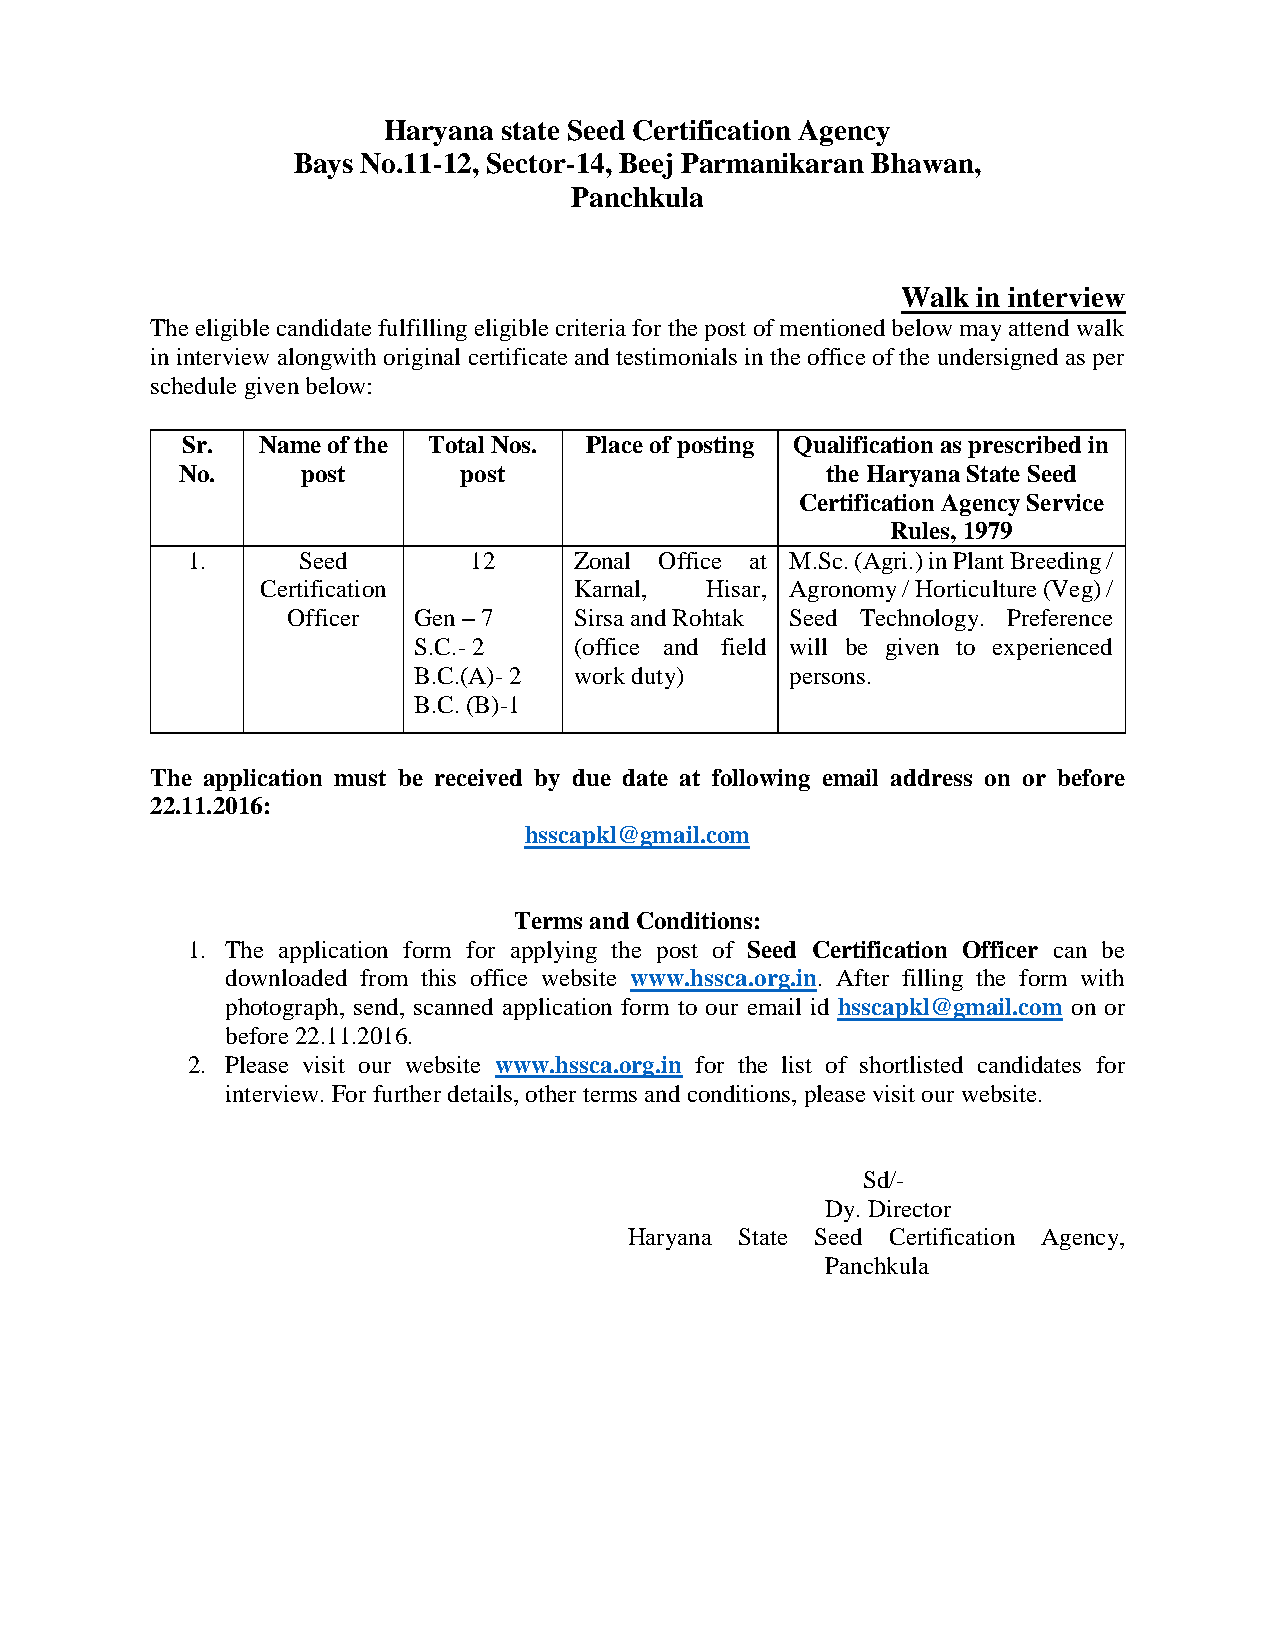
Haryana state Seed Certification Agency
 Bays No.11-12, Sector-14, Beej Parmanikaran Bhawan,
 Panchkula
 Walk in interview
 The eligible candidate fulfilling eligible criteria for the post of mentioned below may attend walk
 in interview alongwith original certificate and testimonials in the office of the undersigned as per
 schedule given below:
 Sr.  Name of the Total Nos. Place of posting Qualification as prescribed in
 No.     post      post                     the Haryana State Seed
 Certification Agency Service
 Rules, 1979
 1.      Seed       12     Zonal Office at M.Sc. (Agri.) in Plant Breeding /
 Certification        Karnal,  Hisar, Agronomy / Horticulture (Veg) /
 Officer Gen – 7    Sirsa and Rohtak Seed Technology. Preference
 S.C.- 2    (office and field will be given to experienced
 B.C.(A)- 2 work duty)    persons.
 B.C. (B)-1
 The application must be received by due date at following email address on or before
 22.11.2016:
 hsscapkl@gmail.com
 Terms and Conditions:
 1. The application form for applying the post of Seed Certification Officer can be
 downloaded from this office website www.hssca.org.in. After filling the form with
 photograph, send, scanned application form to our email id hsscapkl@gmail.com on or
 before 22.11.2016.
 2. Please visit our website www.hssca.org.in for the list of shortlisted candidates for
 interview. For further details, other terms and conditions, please visit our website.
 Sd/-
 Dy. Director
 Haryana State Seed Certification Agency,
 Panchkula